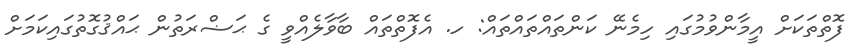
ފޮތްތަކަށް އީމާންވުމުގައި ހިމެނޭ ކަންތައްތައްތައް: ހ. އެފޮތްތައް ބާވާލެއްވީ ގެ ޙަޟްރަތުން ޙައްޤުގޮތުގައިކަމަށް